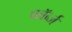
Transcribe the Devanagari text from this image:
फॉर्ब्ज